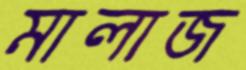
মালাজ